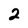
Character: 2